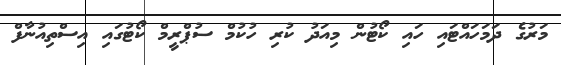
މަރުގެ ދަމަހައްޓައި ހައި ކޯޓުން މިއަދު ކުރި ހުކުމް ސުޕްރީމް ކޯޓުގައި އިސްތިއުނާފް